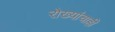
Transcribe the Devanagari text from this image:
रोख्यांचाही